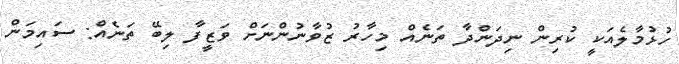
ހުޅުމާލެއަކީ ކުރިން ނިދަންދާ ތަނެއް މިހާރު ޒުވާނުންނަށް ވަޒީފާ ލިބޭ ތަނެއް: ސައިމަން